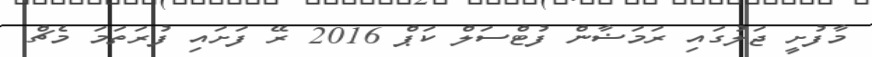
މާފުށީ ޖަލުގައި ރަމަޟާން ފުޓްސަލް ކަޕް 2016 ރޭ ފަށައި ފުރަތަމަ މެޗް